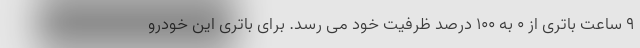
9 ساعت باتری از 0 به 100 درصد ظرفیت خود می رسد. برای باتری این خودرو